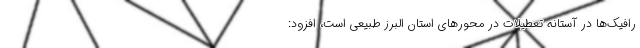
رافیک‌ها در آستانه تعطیلات در محورهای استان البرز طبیعی است، افزود: